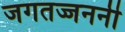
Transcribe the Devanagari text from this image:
जगतज्जननी